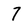
Character: 7